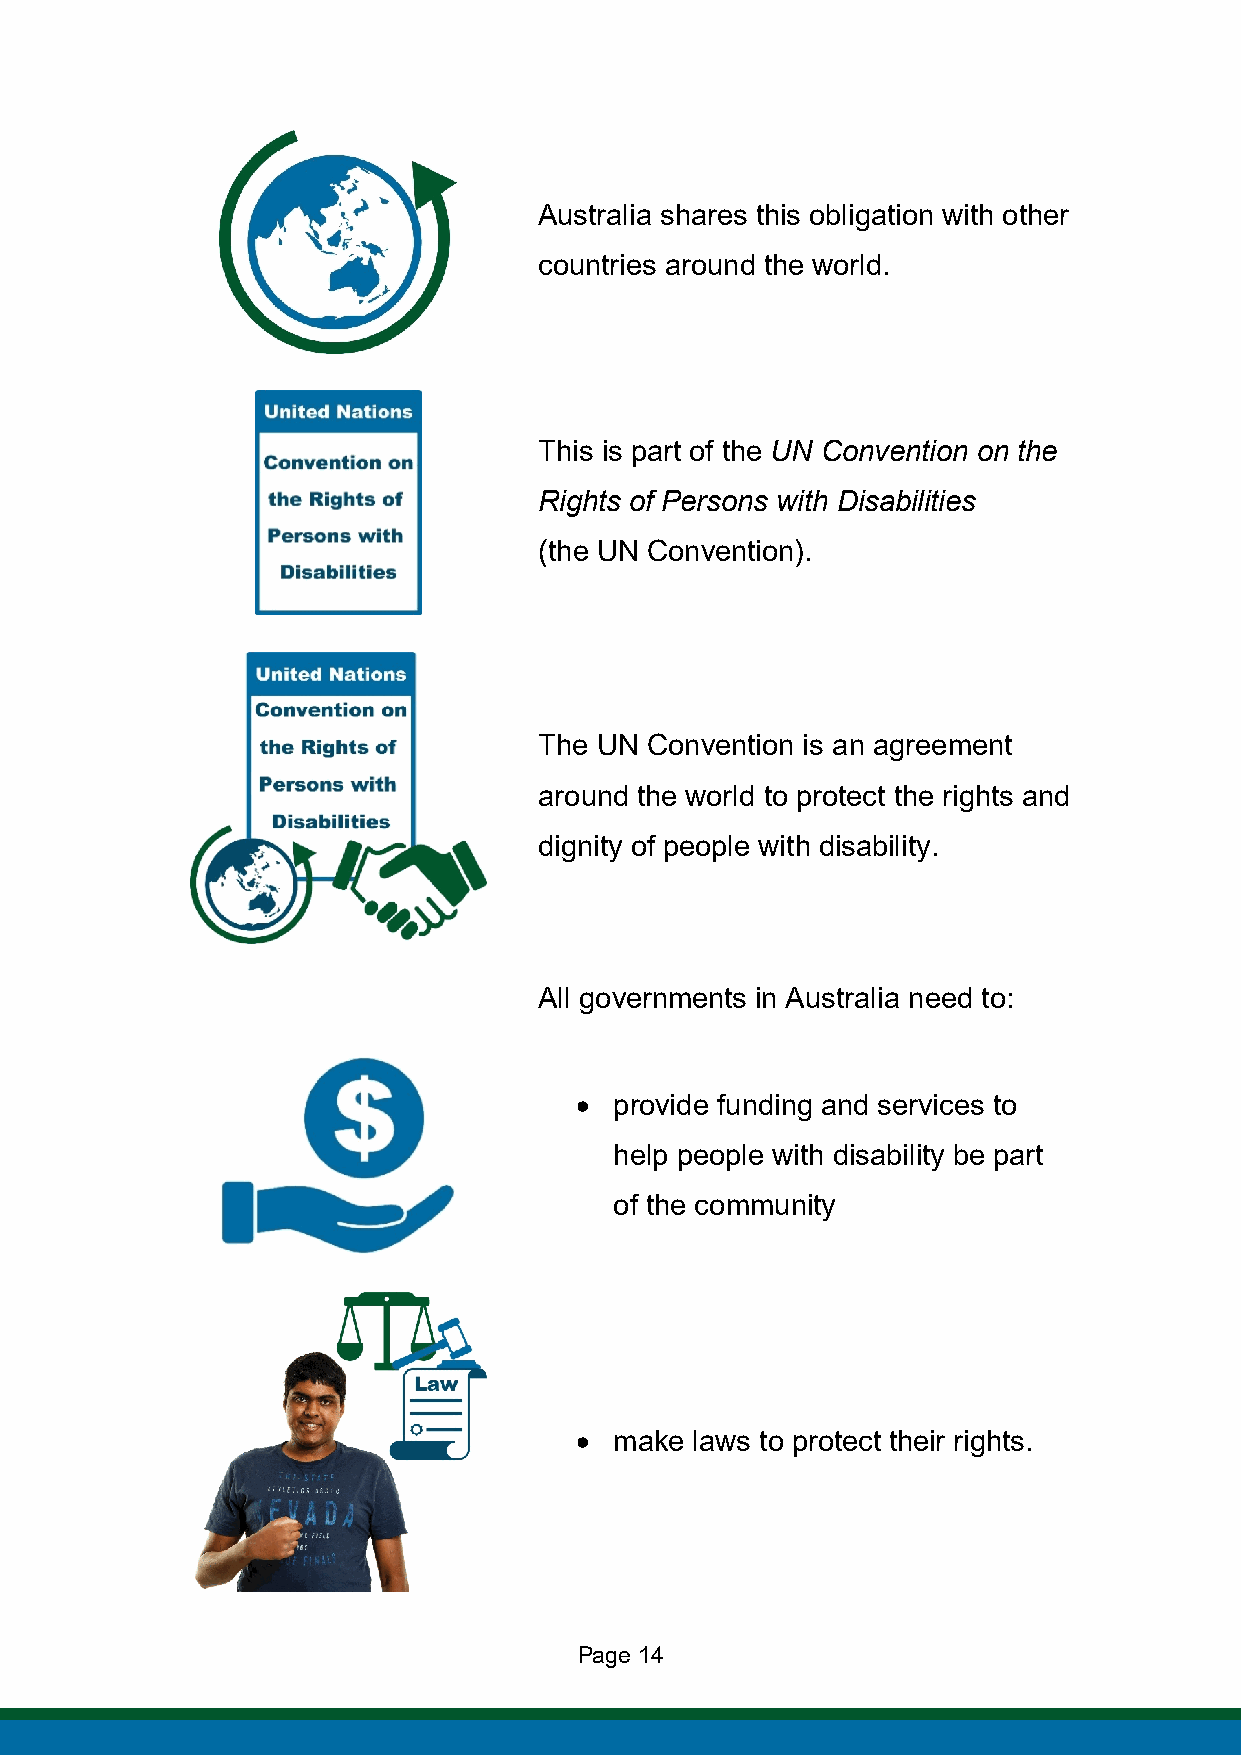
Australia shares this obligation with other
 countries around the world.
 This is part of the UN Convention on the
 Rights of Persons with Disabilities
 (the UN Convention).
 The UN Convention is an agreement
 around the world to protect the rights and
 dignity of people with disability.
 All governments in Australia need to:
 •  provide funding and services to
 help people with disability be part
 of the community
 •  make laws to protect their rights.
 Page 14